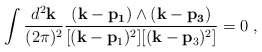
\begin{align*}\int \frac{d^2{\bf k}}{(2\pi)^2} \frac{({\bf k-p_1}) \wedge ({\bf k-p_3})}{[({\bf k}-{\bf p}_1)^2 ] [({\bf k}-{\bf p}_3)^2] }=0 \; ,\end{align*}